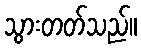
သွားတတ်သည်။